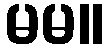
မမ။